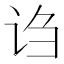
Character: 诌